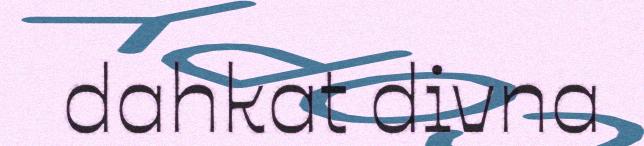
dahkat divna